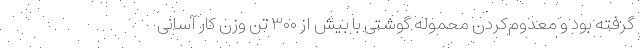
گرفته بود و معدوم‌کردن محموله گوشتی با بیش از ۳۰۰ تن وزن کار آسانی